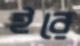
ইরে